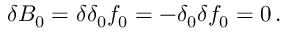
\delta B _ { 0 } = \delta \delta _ { 0 } f _ { 0 } = - \delta _ { 0 } \delta f _ { 0 } = 0 \, .